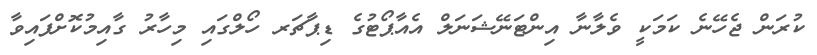
ކުރަން ޖެހޭނެ ކަމަކީ ވެލާނާ އިންޓަނޭޝަނަލް އެއާޕޯޓުގެ ޑިޕާޗަރ ހޯލްގައި މިހާރު ގާއިމުކޮށްފައިވާ